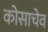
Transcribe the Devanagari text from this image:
कोसाचेव